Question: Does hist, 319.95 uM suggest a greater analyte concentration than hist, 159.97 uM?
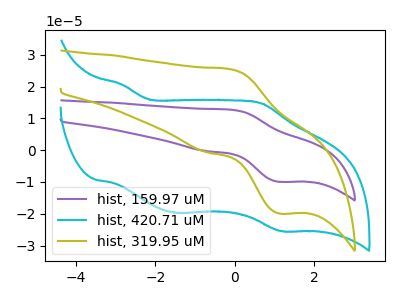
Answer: <think>The purple curve "hist, 159.97 uM" has an anodic peak at (-0.10V, 12.70uA) and a cathodic peak at (1.15V, -10.00uA). The cyan curve "hist, 420.71 uM" has anodic peaks at (-2.85V, 20.65uA) (0.70V, 14.65uA) and cathodic peaks at (-1.45V, -19.70uA) (1.20V, -25.45uA). The olive curve "hist, 319.95 uM" has an anodic peak at (-0.10V, 25.45uA) and a cathodic peak at (1.15V, -19.95uA).
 All the peaks in "hist, 319.95 uM" have a peak in "hist, 159.97 uM" at the same potential. Every peak in "hist, 319.95 uM" is higher than every peak in "hist, 159.97 uM".</think>
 <answer>"hist, 319.95 uM" has more signal than "hist, 159.97 uM".</answer>
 <eval>more_signal</eval>